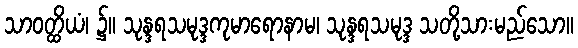
သာဝတ္ထိယံ၊ ၌။ သုန္ဒရသမုဒ္ဒကုမာရောနာမ၊ သုန္ဒရသမုဒ္ဒ သတို့သားမည်သော။